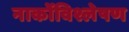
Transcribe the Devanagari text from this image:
नार्कोविश्लेषण